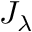
J _ { \lambda }